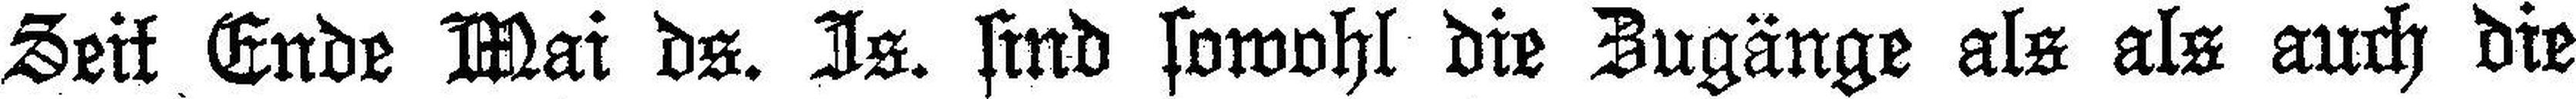
Seit Ende Mai ds. Is. sind sowohl die Zugänge als als auch die